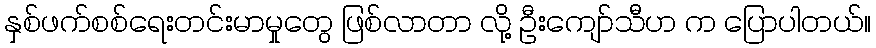
နှစ်ဖက်စစ်ရေးတင်းမာမှုတွေ ဖြစ်လာတာ လို့ ဦးကျော်သီဟ က ပြောပါတယ်။